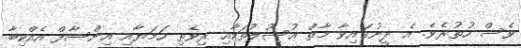
ވެސް ހުތުރެވެ. އެ ދީނުގައިވާ މާތް އުސޫލުތަކާއި ރިވެތި ހަމަޔާއި އިންސާފް އެއްކިބާ